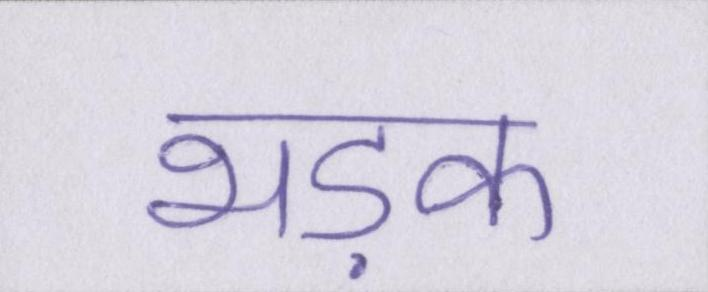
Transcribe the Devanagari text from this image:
भड़क